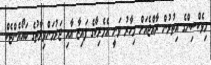
މިވެކްސިންގެ އިތުރުން ރާއްޖެއަށް މިހާރު ވަނީ އެމެރިކާގެ ފައިޒާ އާއި ޖަރުމަންވިލާތުގެ ބައޯއެންޓެކް